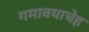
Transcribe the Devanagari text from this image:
गमावयाचेह